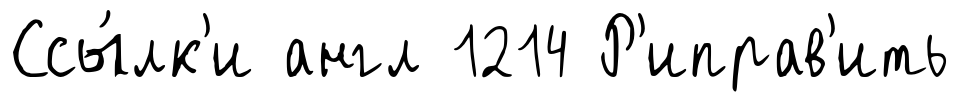
Ссы́лк'и англ 1214 Р'иправ'ить